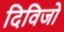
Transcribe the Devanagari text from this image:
दिविजो